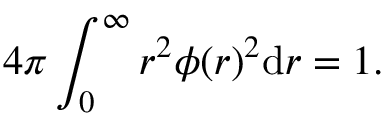
4 \pi \int _ { 0 } ^ { \infty } r ^ { 2 } \phi ( r ) ^ { 2 } \mathrm { d } r = 1 .